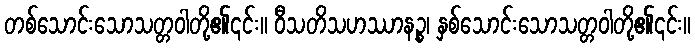
တစ်သောင်းသောသတ္တဝါတို့၏၎င်း။ ဝီသတိသဟဿာနဉ္စ၊ နှစ်သောင်းသောသတ္တဝါတို့၏၎င်း။